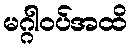
မဂ္ဂါဝပ်အထိ